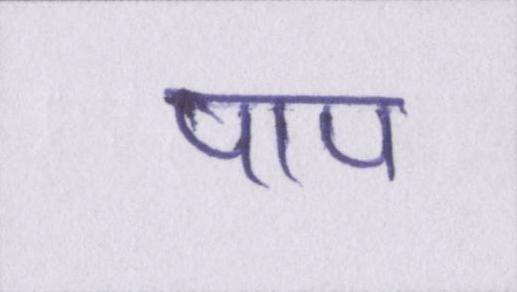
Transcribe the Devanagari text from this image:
पाप